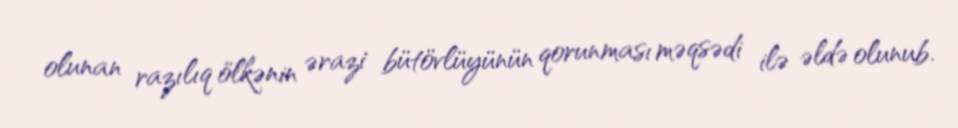
olunan razılıq ölkənin ərazi bütövlüyünün qorunması məqsədi ilə əldə olunub.